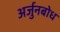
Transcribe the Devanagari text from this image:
अर्जुनबोध